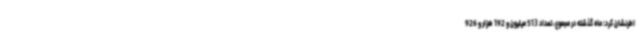
اطرنشان کرد: ماه گذشته در مجموع، تعداد 513 میلیون و 192 هزار و 926